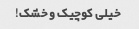
خیلی کوچیک و خشک!